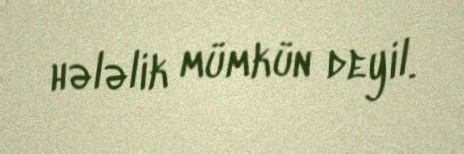
hələlik mümkün deyil.